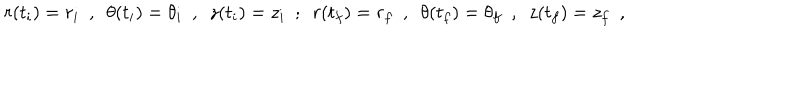
r ( t _ { i } ) = r _ { i } \ \ , \ \ \theta ( t _ { i } ) = \theta _ { i } \ \ , \ \ z ( t _ { i } ) = z _ { i } \ \ ; \ \ r ( t _ { f } ) = r _ { f } \ \ , \ \ \theta ( t _ { f } ) = \theta _ { f } \ \ , \ \ z ( t _ { f } ) = z _ { f } \ \ ,